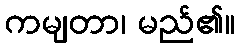
ကမျတာ၊ မည်၏။